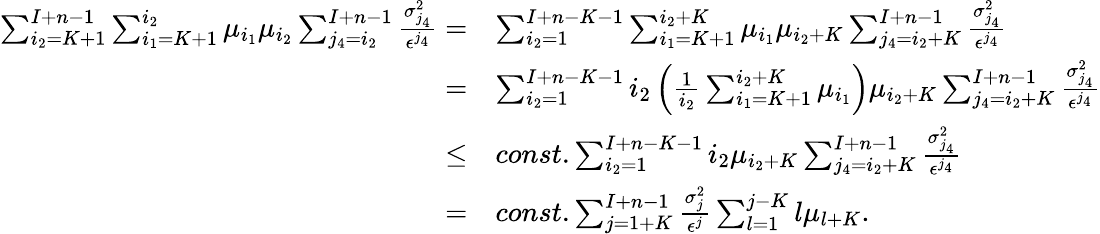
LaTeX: \begin{array}{rl}{\sum_{i_{2}=K+1}^{I+n-1}\sum_{i_{1}=K+1}^{i_{2}}\mu_{i_{1}}\mu_{i_{2}}\sum_{j_{4}=i_{2}}^{I+n-1}\frac{\sigma_{j_{4}}^{2}}{\epsilon^{j_{4}}}=}&{\sum_{i_{2}=1}^{I+n-K-1}\sum_{i_{1}=K+1}^{i_{2}+K}\mu_{i_{1}}\mu_{i_{2}+K}\sum_{j_{4}=i_{2}+K}^{I+n-1}\frac{\sigma_{j_{4}}^{2}}{\epsilon^{j_{4}}}}\\ {=}&{\sum_{i_{2}=1}^{I+n-K-1}i_{2}\left(\frac{1}{i_{2}}\sum_{i_{1}=K+1}^{i_{2}+K}\mu_{i_{1}}\right)\mu_{i_{2}+K}\sum_{j_{4}=i_{2}+K}^{I+n-1}\frac{\sigma_{j_{4}}^{2}}{\epsilon^{j_{4}}}}\\ {\leq}&{const.\sum_{i_{2}=1}^{I+n-K-1}i_{2}\mu_{i_{2}+K}\sum_{j_{4}=i_{2}+K}^{I+n-1}\frac{\sigma_{j_{4}}^{2}}{\epsilon^{j_{4}}}}\\ {=}&{const.\sum_{j=1+K}^{I+n-1}\frac{\sigma_{j}^{2}}{\epsilon^{j}}\sum_{l=1}^{j-K}l\mu_{l+K}.}\end{array}